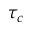
\tau _ { c }